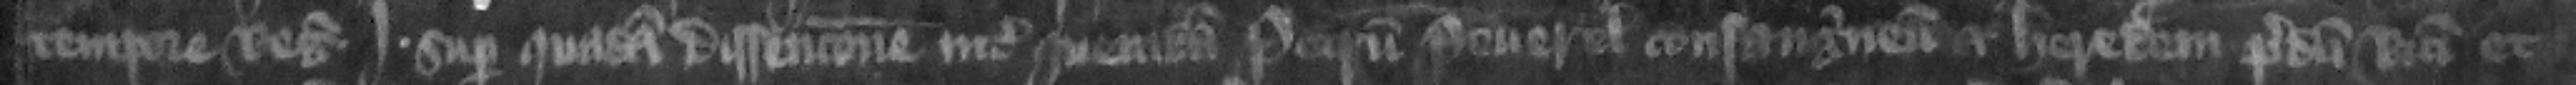
tempore regis Iohannis super quadam dissencione inter quemdam Petrum Peuerel consanguineum et heredem predicti Ricardi et